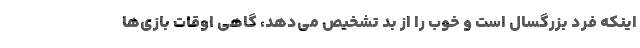
اینکه فرد بزرگسال است و خوب را از بد تشخیص می‌دهد، گاهی اوقات بازی‌ها